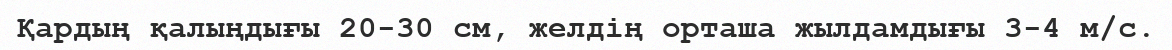
Қардың қалыңдығы 20-30 см, желдің орташа жылдамдығы 3-4 м/с.